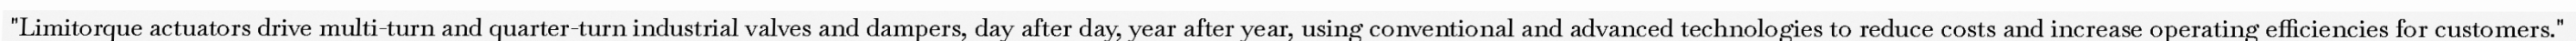
"Limitorque actuators drive multi-turn and quarter-turn industrial valves and dampers, day after day, year after year, using conventional and advanced technologies to reduce costs and increase operating efficiencies for customers."